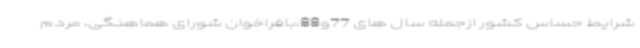
شرایط حساس کشور ازجمله سال های 77و88،بافراخوان شورای هماهنگی، مردم